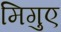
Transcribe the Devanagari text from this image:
मिगुए